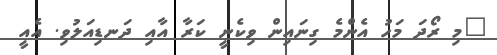
"މި ރޯދަ މަހު އެންމެ ގިނައިން ވިކެނީ ކަރާ އާއި ދަނޑިއަލުވި. އެއީ